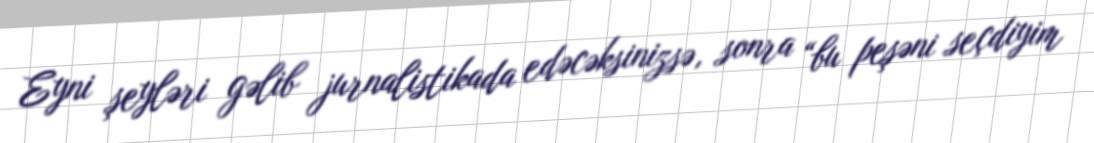
Eyni şeyləri gəlib jurnalistikada edəcəksinizsə, sonra “bu peşəni seçdiyim